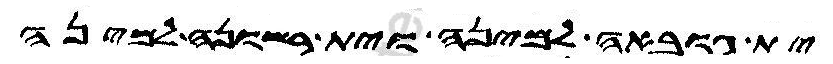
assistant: ית גובאה למינה וית רשונה למינה